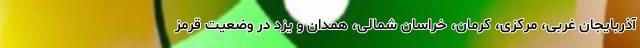
آذربایجان غربی، مرکزی، کرمان، خراسان شمالی، همدان و یزد در وضعیت قرمز